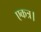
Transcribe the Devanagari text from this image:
एकत्र।